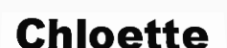
Chloette